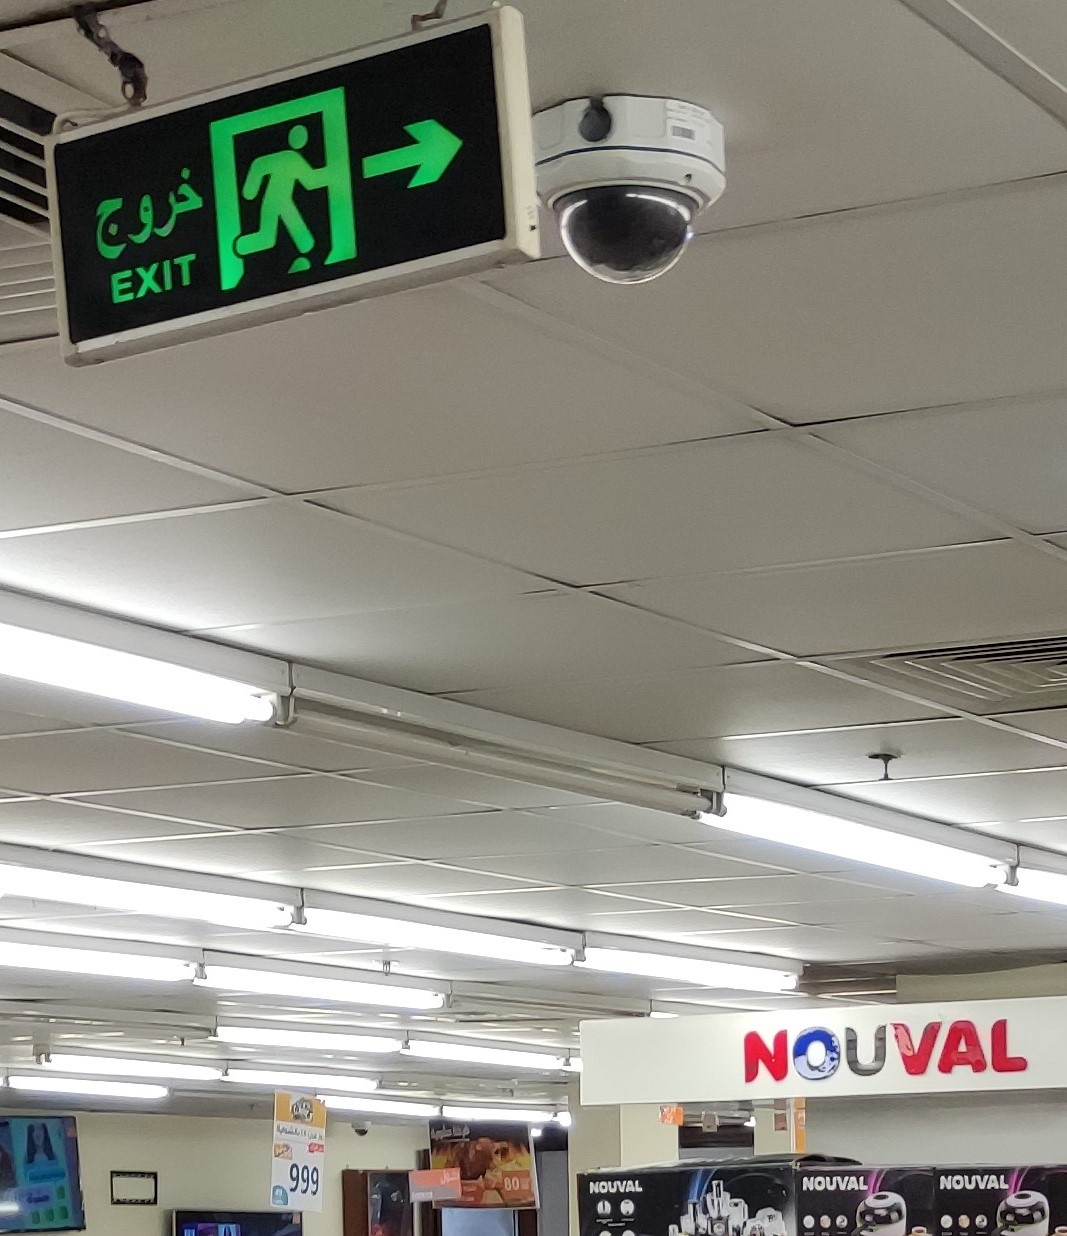
Text in image: خروج EXIT NOUVAL 999 NOUVAL NOUVAL NOUVAL